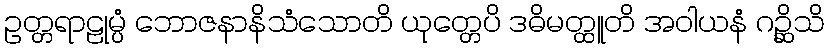
ဥတ္တရာဠုမ္ပံ ဘောဇနာနိသံသောတိ ယုတ္တေပိ ဒဓိမတ္ထူတိ အဝါယနံ ဂဉ္ဆိသိ